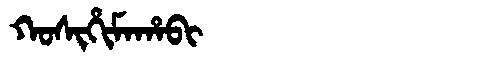
Manchu: ᡴᠣᠰᡳᡥᡳᠮᠠᡥᠠᠪᡳ
Romanization: KOSIHIMAHABI